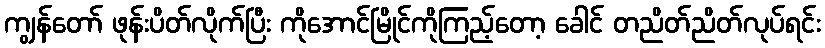
ကျွန်တော် ဖုန်းပိတ်လိုက်ပြီး ကိုအောင်မြိုင်ကိုကြည့်တော့ ခေါင် တညိတ်ညိတ်လုပ်ရင်း